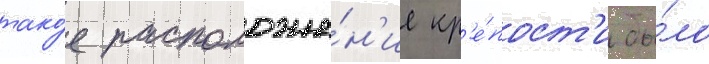
тако́е расположе́н'ие кр'е́пост'и бы́ло